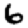
Digit: 6